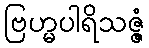
ဗြဟ္မပါရိသဇ္ဇံ